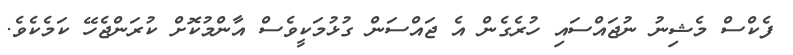
ފެކްސް މެޝިނު ނުޖައްސައި ހުރެގެން އެ ޖައްސަން ގުޅުމަކީވެސް އާންމުކޮށް ކުރަންޖެހޭ ކަމެކެވެ.